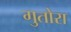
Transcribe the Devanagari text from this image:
गुतोरा